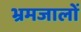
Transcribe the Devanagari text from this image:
भ्रमजालों